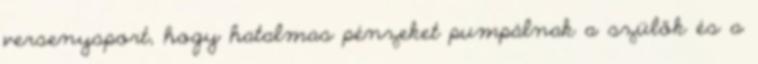
versenysport, hogy hatalmas pénzeket pumpálnak a szülők és a